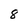
Character: 8